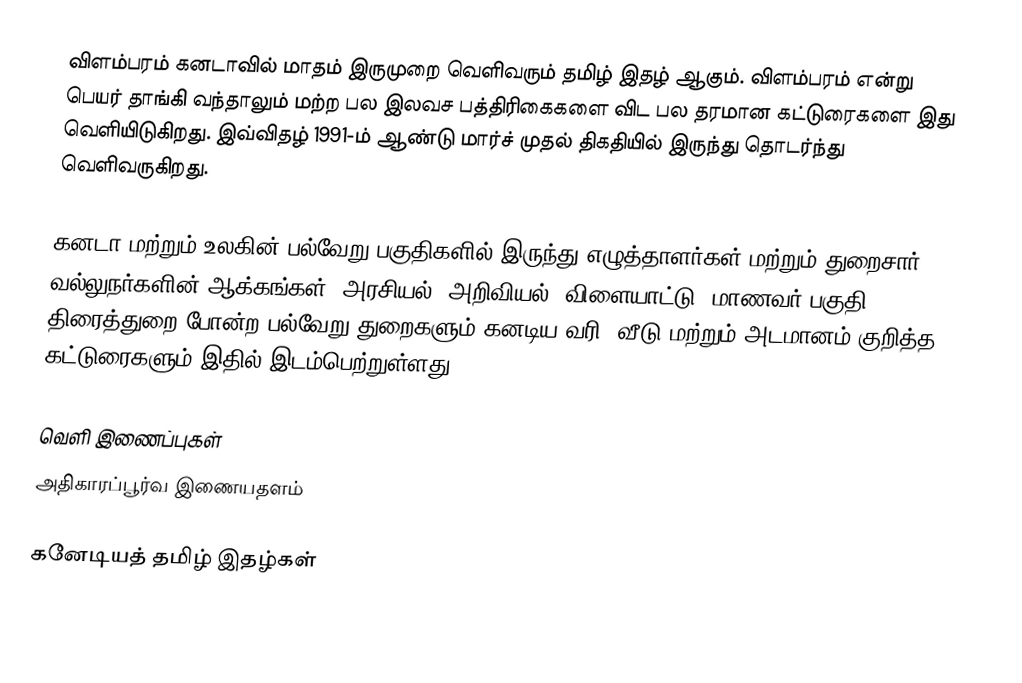
விளம்பரம் கனடாவில் மாதம் இருமுறை வெளிவரும் தமிழ் இதழ் ஆகும். விளம்பரம் என்று பெயர் தாங்கி வந்தாலும் மற்ற பல இலவச பத்திரிகைகளை விட பல தரமான கட்டுரைகளை இது வெளியிடுகிறது.  இவ்விதழ் 1991-ம் ஆண்டு மார்ச் முதல் திகதியில் இருந்து தொடர்ந்து வெளிவருகிறது.

கனடா மற்றும் உலகின் பல்வேறு பகுதிகளில் இருந்து எழுத்தாளர்கள் மற்றும் துறைசார் வல்லுநர்களின் ஆக்கங்கள், அரசியல், அறிவியல், விளையாட்டு, மாணவர் பகுதி, திரைத்துறை போன்ற பல்வேறு துறைகளும் கனடிய வரி, வீடு மற்றும் அடமானம் குறித்த கட்டுரைகளும் இதில் இடம்பெற்றுள்ளது.

வெளி இணைப்புகள்
 அதிகாரப்பூர்வ இணையதளம்

கனேடியத் தமிழ் இதழ்கள்